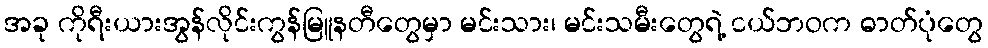
အခု ကိုရီးယားအွန်လိုင်းကွန်မြူနတီတွေမှာ မင်းသား၊ မင်းသမီးတွေရဲ့ ငယ်ဘဝက ဓာတ်ပုံတွေ